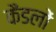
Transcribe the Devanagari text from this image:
कैंडलों